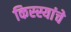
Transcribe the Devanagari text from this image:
किस्स्यांचे